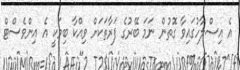
އެ އިސްލާހުގައިވާ ގޮތުން ނަމަ ބޭރުގެ ފަރާތަކަށް ވިއްކާ ބިމަކީ އެ އިންވެސްޓް